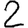
Digit: 2